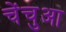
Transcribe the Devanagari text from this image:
चेंचुआ